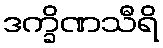
ဒက္ခိဏသီရိ